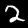
Label: 2